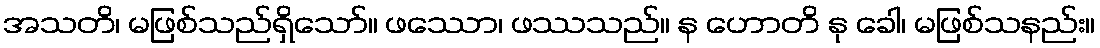
အသတိ၊ မဖြစ်သည်ရှိသော်။ ဖဿော၊ ဖဿသည်။ န ဟောတိ နု ခေါ၊ မဖြစ်သနည်း။